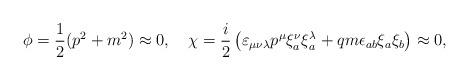
LaTeX: \begin{align*}\phi = \frac{1}{2} (p^2 + m^2) \approx 0, \quad\chi = \frac{i}{2} \left(\varepsilon_{\mu\nu\lambda} p^\mu\xi^\nu_a \xi^\lambda_a + q m \epsilon_{ab} \xi_a \xi_b\right) \approx 0,\end{align*}